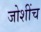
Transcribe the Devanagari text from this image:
जोशींच